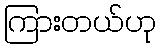
ကြားတယ်ဟု